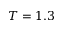
T = 1 . 3